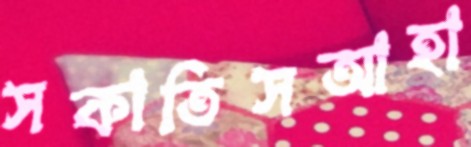
সকাতিসআহা